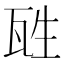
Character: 𤬸